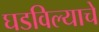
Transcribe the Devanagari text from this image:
घडविल्याचे